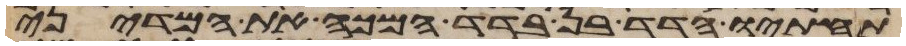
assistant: תחתיו הדד בן בדד המכה את המדיני